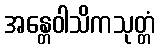
အန္တေဝါသိကသုတ္တံ